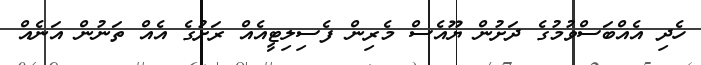
ހެދި އެއްބަސްވުމުގެ ދަށުން ޔޫއެސް މެރިން ފެސިލިޓީއެއް ރަށުގެ އެއް ތަނުން އަނެއް